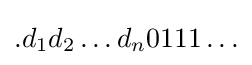
.d_{1}d_{2}\ldots d_{n}0111\ldots